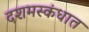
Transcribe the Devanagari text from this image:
दशमस्कंधात